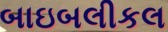
બાઇબલીકલ